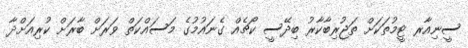
ސީނިއާރ ޓީމުތަކަށް ތަޖުރިބާކާރު ބިދޭސީ ކޯޗެއް ގެނައުމުގެ މަސައްކަތް ވަރަށް ބާރަށް ކުރިއަށްދާ